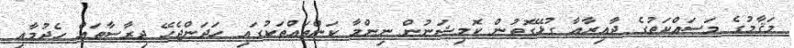
މަޤާމުގެ މަސައްކަތުގެ ދާއިރާއާ ގުޅޭގޮތުން ކޮމިޝަނުން ނިންމާ ކަންތައްތަކުގައި ހަދަންޖެހޭ ދިރާސާތައް ހެދުމާއި